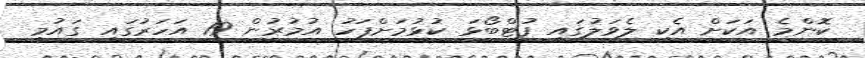
ކޮންމެ އަކަށް އެކި ލެވަލުގައި ފުޓްބޯޅަ ކުޅުމަށްފަހު އުމުރުން 19 އަހަރުގައި ގައުމީ